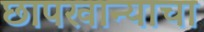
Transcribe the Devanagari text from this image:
छापखान्याचा